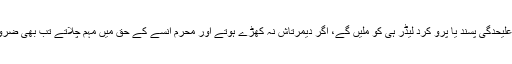
مسئلہ مگر یہ ہے کہ کرد ووٹ کسی کرد علیحدگی پسند یا پرو کرد لیڈر ہی کو ملیں گے، اگر دیمرتاش نہ کھڑے ہوتے اور محرم انسے کے حق میں مہم چلاتے تب بھی ضروری نہیں کہ یہ ووٹ انسے کو مل سکتے۔